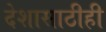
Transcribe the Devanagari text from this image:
देशासाठीही